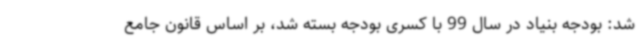
شد: بودجه بنیاد در سال 99 با کسری بودجه بسته شد، بر اساس قانون جامع